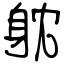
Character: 躭